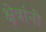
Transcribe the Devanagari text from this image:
क्षेत्रांनी